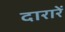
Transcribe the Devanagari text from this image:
दारारें